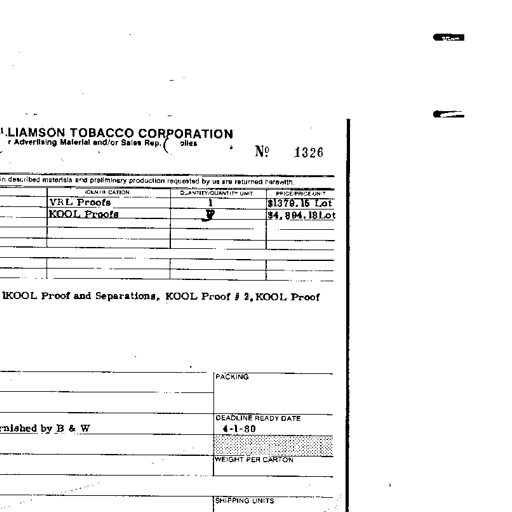
LIAMSON TOBACCO CORPORATION
Advertising Material and/or Sales Rep. plies
No 1326
described materials and preliminary production requested by us are returned herewith.
IDENTIFICATION QUANTITY UNIT PRICE
VRL Proofs 1 $1379.16 Lot
KOOL Proofs 1 $4,894.18 Lot
KOOL Proof and Separations, KOOL Proof # 2, KOOL Proof
PACKING
nished by B & W DEADLINE READY DATE
4-1-80
WEIGHT PER CARTON
SHIPPING UNITS